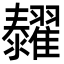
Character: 𦒰